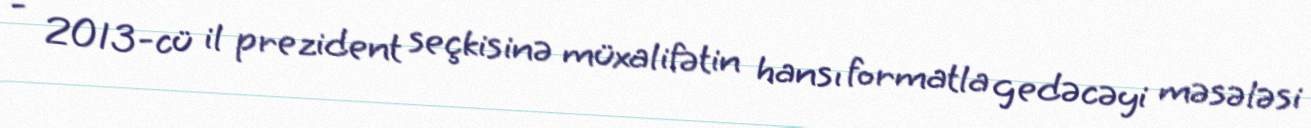
- 2013-cü il prezident seçkisinə müxalifətin hansı formatla gedəcəyi məsələsi